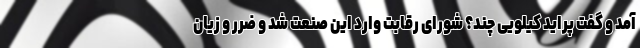
آمد و گفت پراید کیلویی چند؟ شورای رقابت وارد این صنعت شد و ضرر و زیان